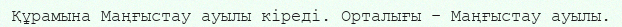
Құрамына Маңғыстау ауылы кіреді. Орталығы – Маңғыстау ауылы.